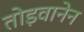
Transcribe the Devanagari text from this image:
तोइवानेन